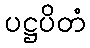
ပဋ္ဌပိတံ